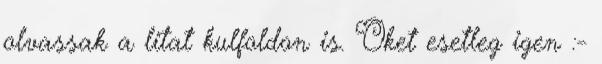
olvassak a litat kulfoldon is. Oket esetleg igen :-